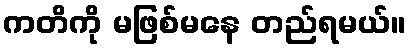
ကတိကို မဖြစ်မနေ တည်ရမယ်။